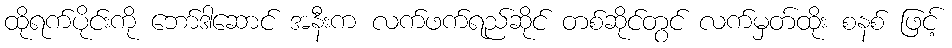
ထိုရက်ပိုင်းကို ဘော်ဒါဆောင် အနီးက လက်ဖက်ရည်ဆိုင် တစ်ဆိုင်တွင် လက်မှတ်ထိုး စနစ် ဖြင့်